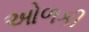
ઓળકી